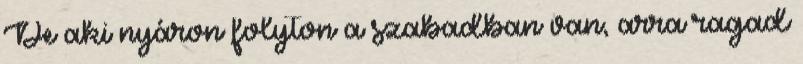
De aki nyáron folyton a szabadban van, arra ragad